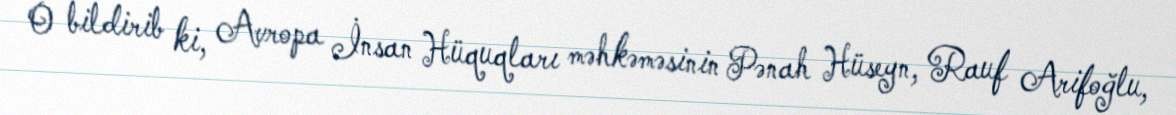
O bildirib ki, Avropa İnsan Hüquqları məhkəməsinin Pənah Hüseyn, Rauf Arifoğlu,